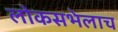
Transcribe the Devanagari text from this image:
लोकसभेलाच